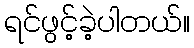
ရင်ဖွင့်ခဲ့ပါတယ်။